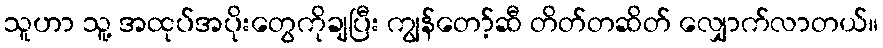
သူဟာ သူ့ အထုပ်အပိုးတွေကိုချပြီး ကျွန်တော့်ဆီ တိတ်တဆိတ် လျှောက်လာတယ်။